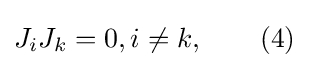
J_{i}J_{k}=0,i\neq k,\qquad (4)